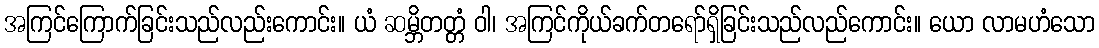
အကြင်ကြောက်ခြင်းသည်လည်းကောင်း။ ယံ ဆမ္ဘိတတ္တံ ဝါ၊ အကြင်ကိုယ်ခက်တရော်ရှိခြင်းသည်လည်ကောင်း။ ယော လာမဟံသော